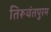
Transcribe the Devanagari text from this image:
तिरूवंतपुरम